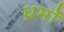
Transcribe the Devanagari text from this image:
ध्रर्मों